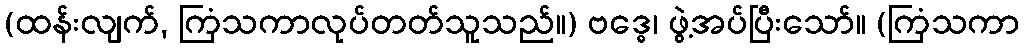
(ထန်းလျက်, ကြံသကာလုပ်တတ်သူသည်။) ဗဒ္ဓေ၊ ဖွဲ့အပ်ပြီးသော်။ (ကြံသကာ